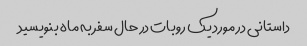
داستانی در مورد یک روبات در حال سفر به ماه بنویسید